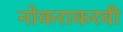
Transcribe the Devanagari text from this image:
नोकराकरवी